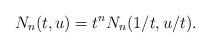
LaTeX: \begin{align*} N_n(t,u)=t^n N_n(1/t,u/t).\end{align*}